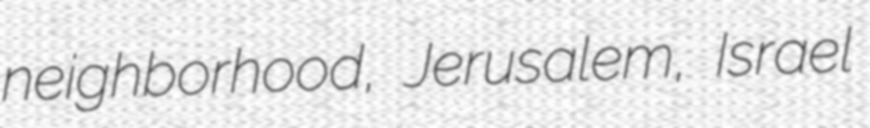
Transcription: neighborhood, Jerusalem, Israel